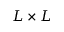
L \times L